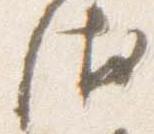
衛